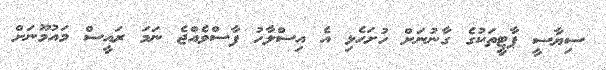
ސިޔާސީ ޕާޓީތަކުގެ ގާނުނަށް ހުށަހެޅި އެ އިސްލާހު ފާސްވެއްޖެ ނަމަ ރައީސް މައުމޫނަށް